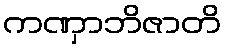
ကဏှာဘိဇာတိ